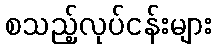
စသည့်လုပ်ငန်းများ